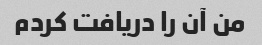
من آن را دریافت کردم